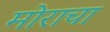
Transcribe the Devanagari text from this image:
मोराचा